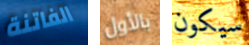
الفاتنة بالأول سيكون